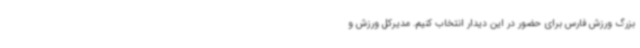
بزرگ ورزش فارس برای حضور در این دیدار انتخاب کنیم. مدیرکل ورزش و